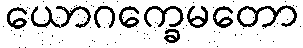
ယောဂက္ခေမတော